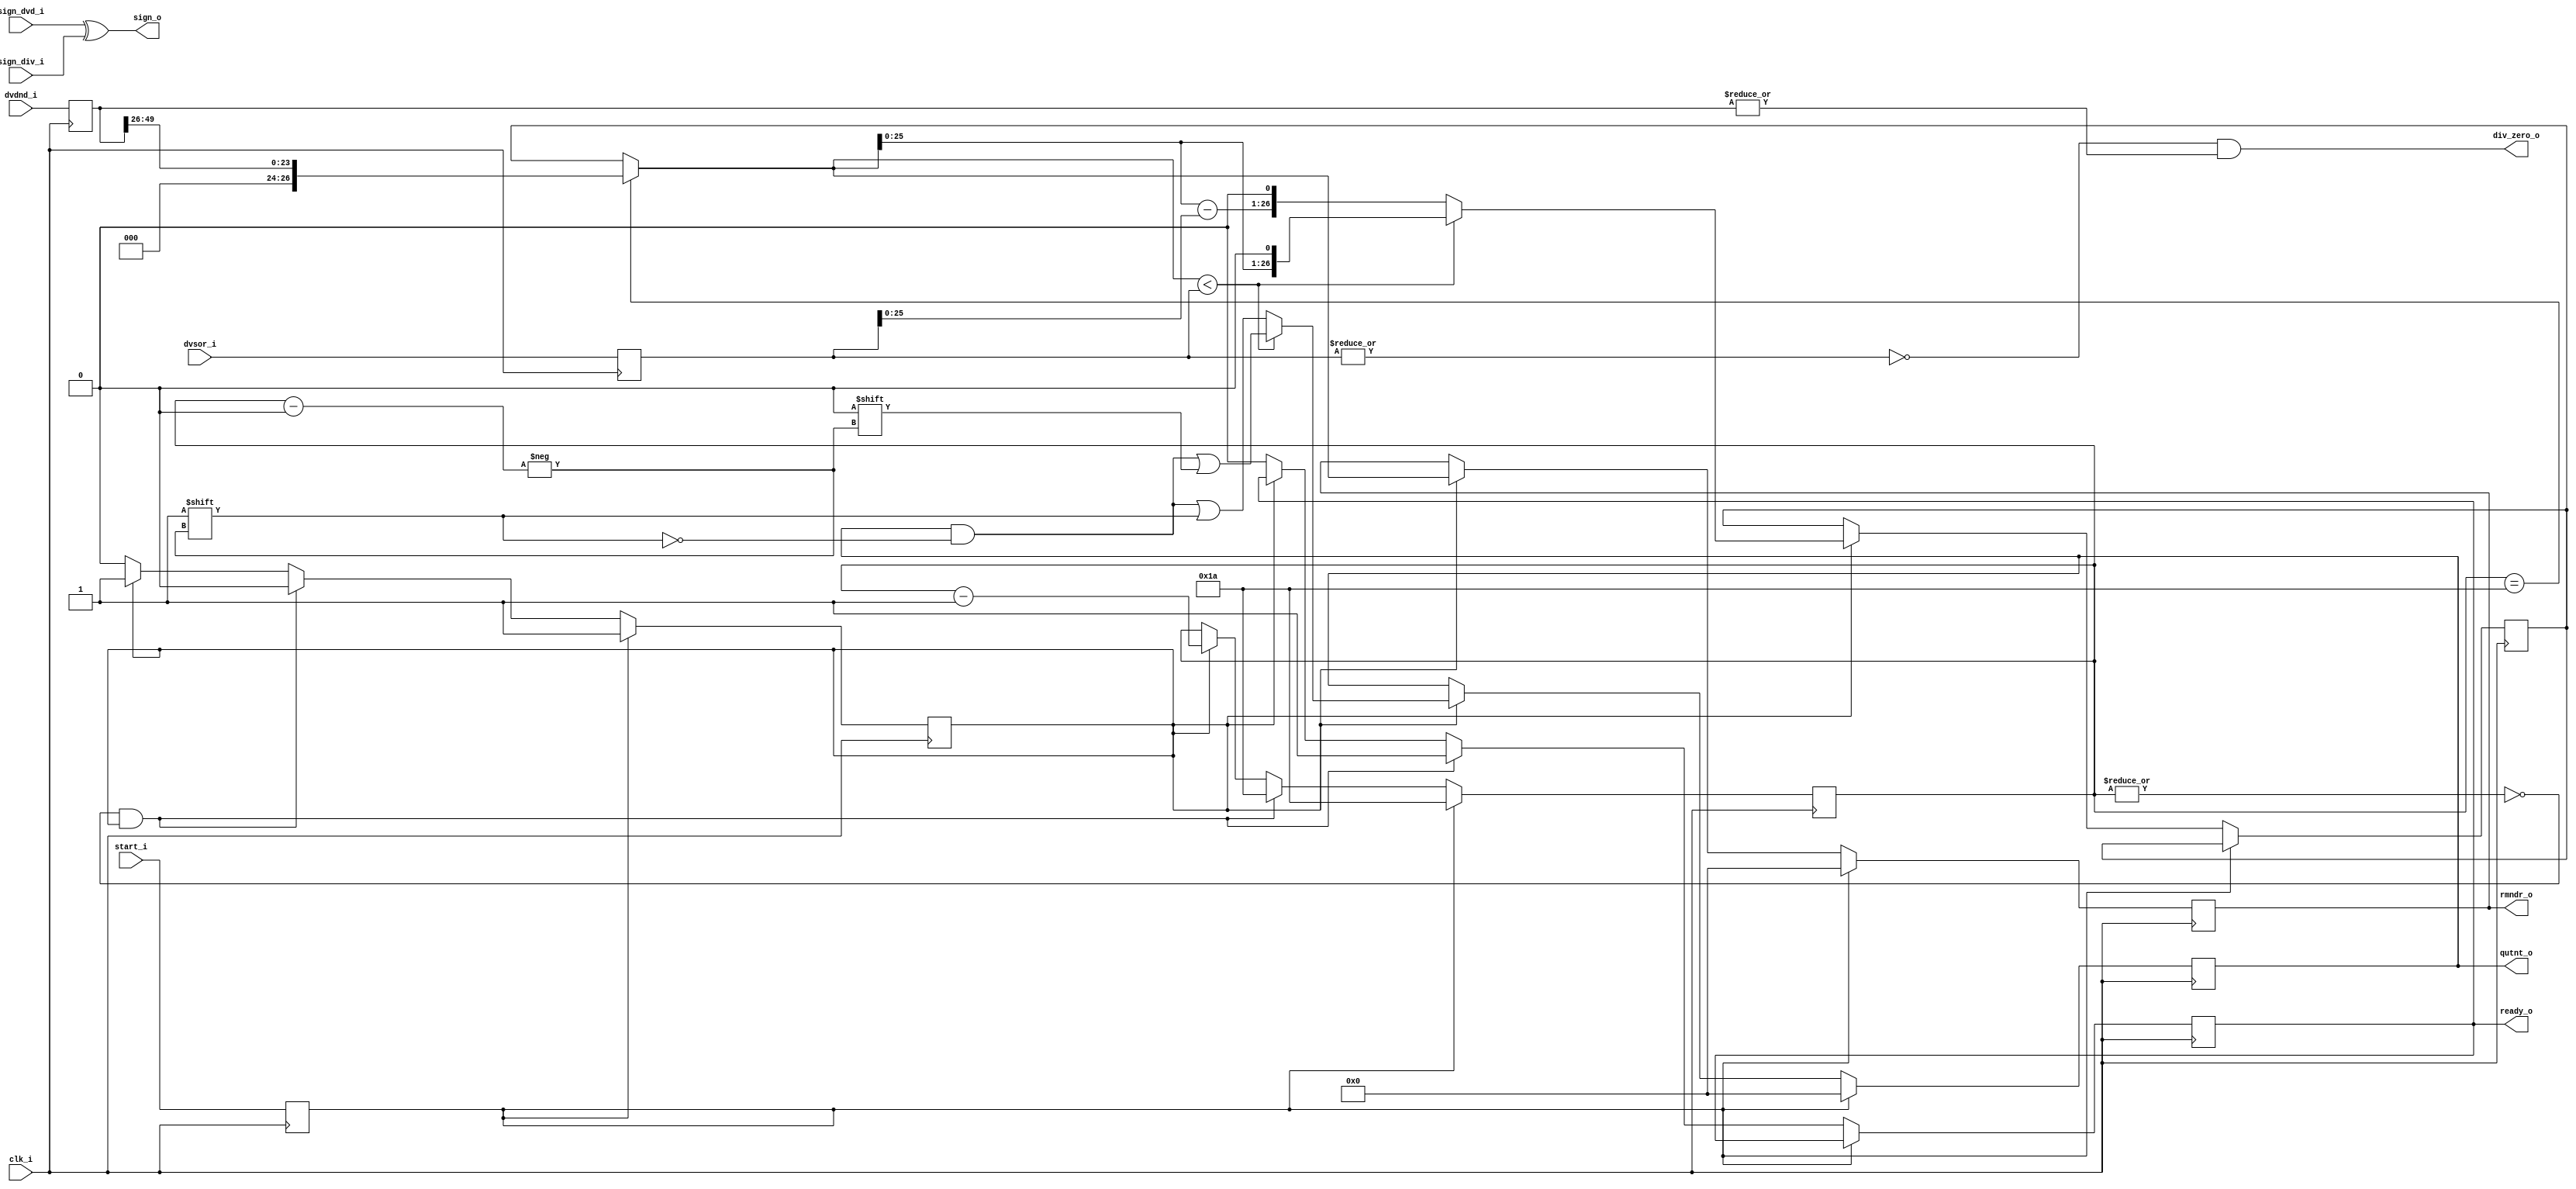
//////////////////////////////////////////////////////////////////////
////                                                              ////
////  or1200_fpu_div                                              ////
////                                                              ////
////  This file is part of the OpenRISC 1200 project              ////
////  http://opencores.org/project,or1k                           ////
////                                                              ////
////  Description                                                 ////
////  division entity for the division unit                       ////
////                                                              ////
////  To Do:                                                      ////
////                                                              ////
////                                                              ////
////  Author(s):                                                  ////
////      - Original design (FPU100) -                            ////
////        Jidan Al-eryani, jidan@gmx.net                        ////
////      - Conv. to Verilog and inclusion in OR1200 -            ////
////        Julius Baxter, julius@opencores.org                   ////
////                                                              ////
//////////////////////////////////////////////////////////////////////
//
//  Copyright (C) 2006, 2010
//
//	This source file may be used and distributed without        
//	restriction provided that this copyright statement is not   
//	removed from the file and that any derivative work contains 
//	the original copyright notice and the associated disclaimer.
//                                                           
//		THIS SOFTWARE IS PROVIDED ``AS IS'' AND WITHOUT ANY     
//	EXPRESS OR IMPLIED WARRANTIES, INCLUDING, BUT NOT LIMITED   
//	TO, THE IMPLIED WARRANTIES OF MERCHANTABILITY AND FITNESS   
//	FOR A PARTICULAR PURPOSE. IN NO EVENT SHALL THE AUTHOR      
//	OR CONTRIBUTORS BE LIABLE FOR ANY DIRECT, INDIRECT,         
//	INCIDENTAL, SPECIAL, EXEMPLARY, OR CONSEQUENTIAL DAMAGES    
//	(INCLUDING, BUT NOT LIMITED TO, PROCUREMENT OF SUBSTITUTE   
//	GOODS OR SERVICES; LOSS OF USE, DATA, OR PROFITS; OR        
//	BUSINESS INTERRUPTION) HOWEVER CAUSED AND ON ANY THEORY OF  
//	LIABILITY, WHETHER IN  CONTRACT, STRICT LIABILITY, OR TORT  
//	(INCLUDING NEGLIGENCE OR OTHERWISE) ARISING IN ANY WAY OUT  
//	OF THE USE OF THIS SOFTWARE, EVEN IF ADVISED OF THE         
//	POSSIBILITY OF SUCH DAMAGE. 
//

module or1200_fpu_div
  (
   clk_i,
   dvdnd_i,
   dvsor_i,
   sign_dvd_i,
   sign_div_i,
   start_i,
   ready_o,
   qutnt_o,
   rmndr_o,
   sign_o,
   div_zero_o
   );

   parameter FP_WIDTH = 32;
   parameter MUL_SERIAL = 0; // 0 for parallel multiplier, 1 for serial
   parameter MUL_COUNT = 11; //11 for parallel multiplier, 34 for serial
   parameter FRAC_WIDTH = 23;
   parameter EXP_WIDTH = 8;
   parameter ZERO_VECTOR = 31'd0;
   parameter INF = 31'b1111111100000000000000000000000;
   parameter QNAN = 31'b1111111110000000000000000000000;
   parameter SNAN = 31'b1111111100000000000000000000001;


   input clk_i;
   input [2*(FRAC_WIDTH+2)-1:0] dvdnd_i;
   input [FRAC_WIDTH+3:0] 	dvsor_i;
   input 			sign_dvd_i;
   input 			sign_div_i;
   input 			start_i;
   output 			ready_o;
   output [FRAC_WIDTH+3:0] 	qutnt_o;
   output [FRAC_WIDTH+3:0] 	rmndr_o;
   output 			sign_o;
   output 			div_zero_o;
   
   parameter t_state_waiting = 1'b0,
	       t_state_busy = 1'b1;
   
   reg [FRAC_WIDTH+3:0] 	s_qutnt_o;
   reg [FRAC_WIDTH+3:0] 	s_rmndr_o;   
   reg [2*(FRAC_WIDTH+2)-1:0] 	s_dvdnd_i;   
   reg [FRAC_WIDTH+3:0] 	s_dvsor_i;
   reg 				s_sign_dvd_i, s_sign_div_i;
   wire 			s_sign_o;
   wire 			s_div_zero_o;
   reg 				s_start_i;
   reg 				s_ready_o;
   reg 				s_state;
   reg [4:0] 			s_count;
   reg [FRAC_WIDTH+3:0] 	s_dvd;

   // Coalesced Counters
    reg [31:0] coal_counter_1;
    reg [31:0] coal_counter_2;
    always @(posedge clk_i) begin
      coal_counter_1 <= #1 coal_counter_1 + s_rmndr_o[3:0];
      coal_counter_2 <= #1 coal_counter_2 + s_qutnt_o[3:0];
    end

   // Distributed Counter
   wire  [63:0] dist_counter;
   assign dist_counter = {coal_counter_2, coal_counter_1};
  
   // Input Register
   always @(posedge clk_i)
     begin
	s_dvdnd_i <= dvdnd_i;
	s_dvsor_i <= dvsor_i;
	s_sign_dvd_i<= sign_dvd_i;
	s_sign_div_i<= sign_div_i;
	s_start_i <= start_i;
     end
   
   assign qutnt_o = s_qutnt_o;
   assign rmndr_o = s_rmndr_o;
   assign sign_o = s_sign_o;	
   assign ready_o = s_ready_o;
   assign div_zero_o = s_div_zero_o;

   assign s_sign_o = sign_dvd_i ^ sign_div_i;
   assign s_div_zero_o = !(|s_dvsor_i) & (|s_dvdnd_i);
   

   always @(posedge clk_i)
     if (s_start_i)
       begin
	  s_state <= t_state_busy;
	  s_count <= 26;
       end
     else if (!(|s_count) & s_state==t_state_busy)
       begin
	  s_state <= t_state_waiting;
	  s_ready_o <= 1;
	  s_count <=26;
       end
     else if (s_state==t_state_busy)
       s_count <= s_count - 1;
     else
       begin
	  s_state <= t_state_waiting;
	  s_ready_o <= 0;
       end

   wire [26:0] v_div;
   assign v_div = (s_count==26) ? {3'd0,s_dvdnd_i[49:26]} : s_dvd;
   wire [26:0] v_div_minus_s_dvsor_i;
   assign v_div_minus_s_dvsor_i = v_div - s_dvsor_i;
   

   always @(posedge clk_i)
     begin
	//Reset
	if (s_start_i)
	  begin
	     s_qutnt_o <= 0;
	     s_rmndr_o <= 0;
	  end
	else if (s_state==t_state_busy)
	  begin

	     if (v_div < s_dvsor_i)
	       begin
		  s_qutnt_o[s_count] <= 1'b0;
		  s_dvd <= {v_div[25:0],1'b0};		  
	       end
	     else
	       begin
		  s_qutnt_o[s_count] <= 1'b1;
		  s_dvd <= {v_div_minus_s_dvsor_i[25:0],1'b0};		  
	       end

	     s_rmndr_o <= v_div;

	  end // if (s_state==t_state_busy)
     end // always @ (posedge clk_i)

endmodule // or1200_fpu_div